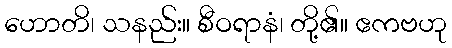
ဟောတိ၊ သနည်း။ စီဝရာနံ၊ တို့၏။ ဧကဗဟု